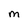
Character: m